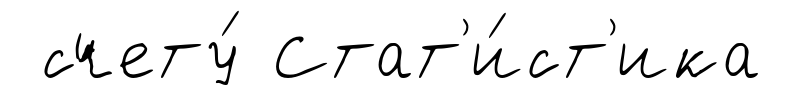
счету́ Стат'и́ст'ика